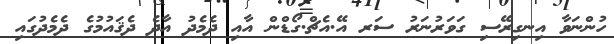
ހުންނަވާ އިނގިރޭސި ގަވަރުނަރު ސަރ އޭ.އެޗް.ގޯޑްން އާއި ދެމެދު އާދެ ދެޤައުމުގެ ދެމެދުގައި